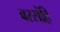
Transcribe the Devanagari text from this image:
बरसंहि